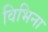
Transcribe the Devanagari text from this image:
विभिना